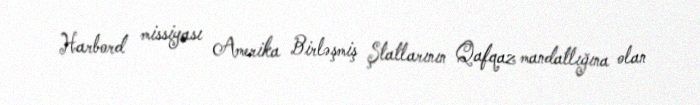
Harbord missiyası Amerika Birləşmiş Ştatlarının Qafqaz mandatlığına olan